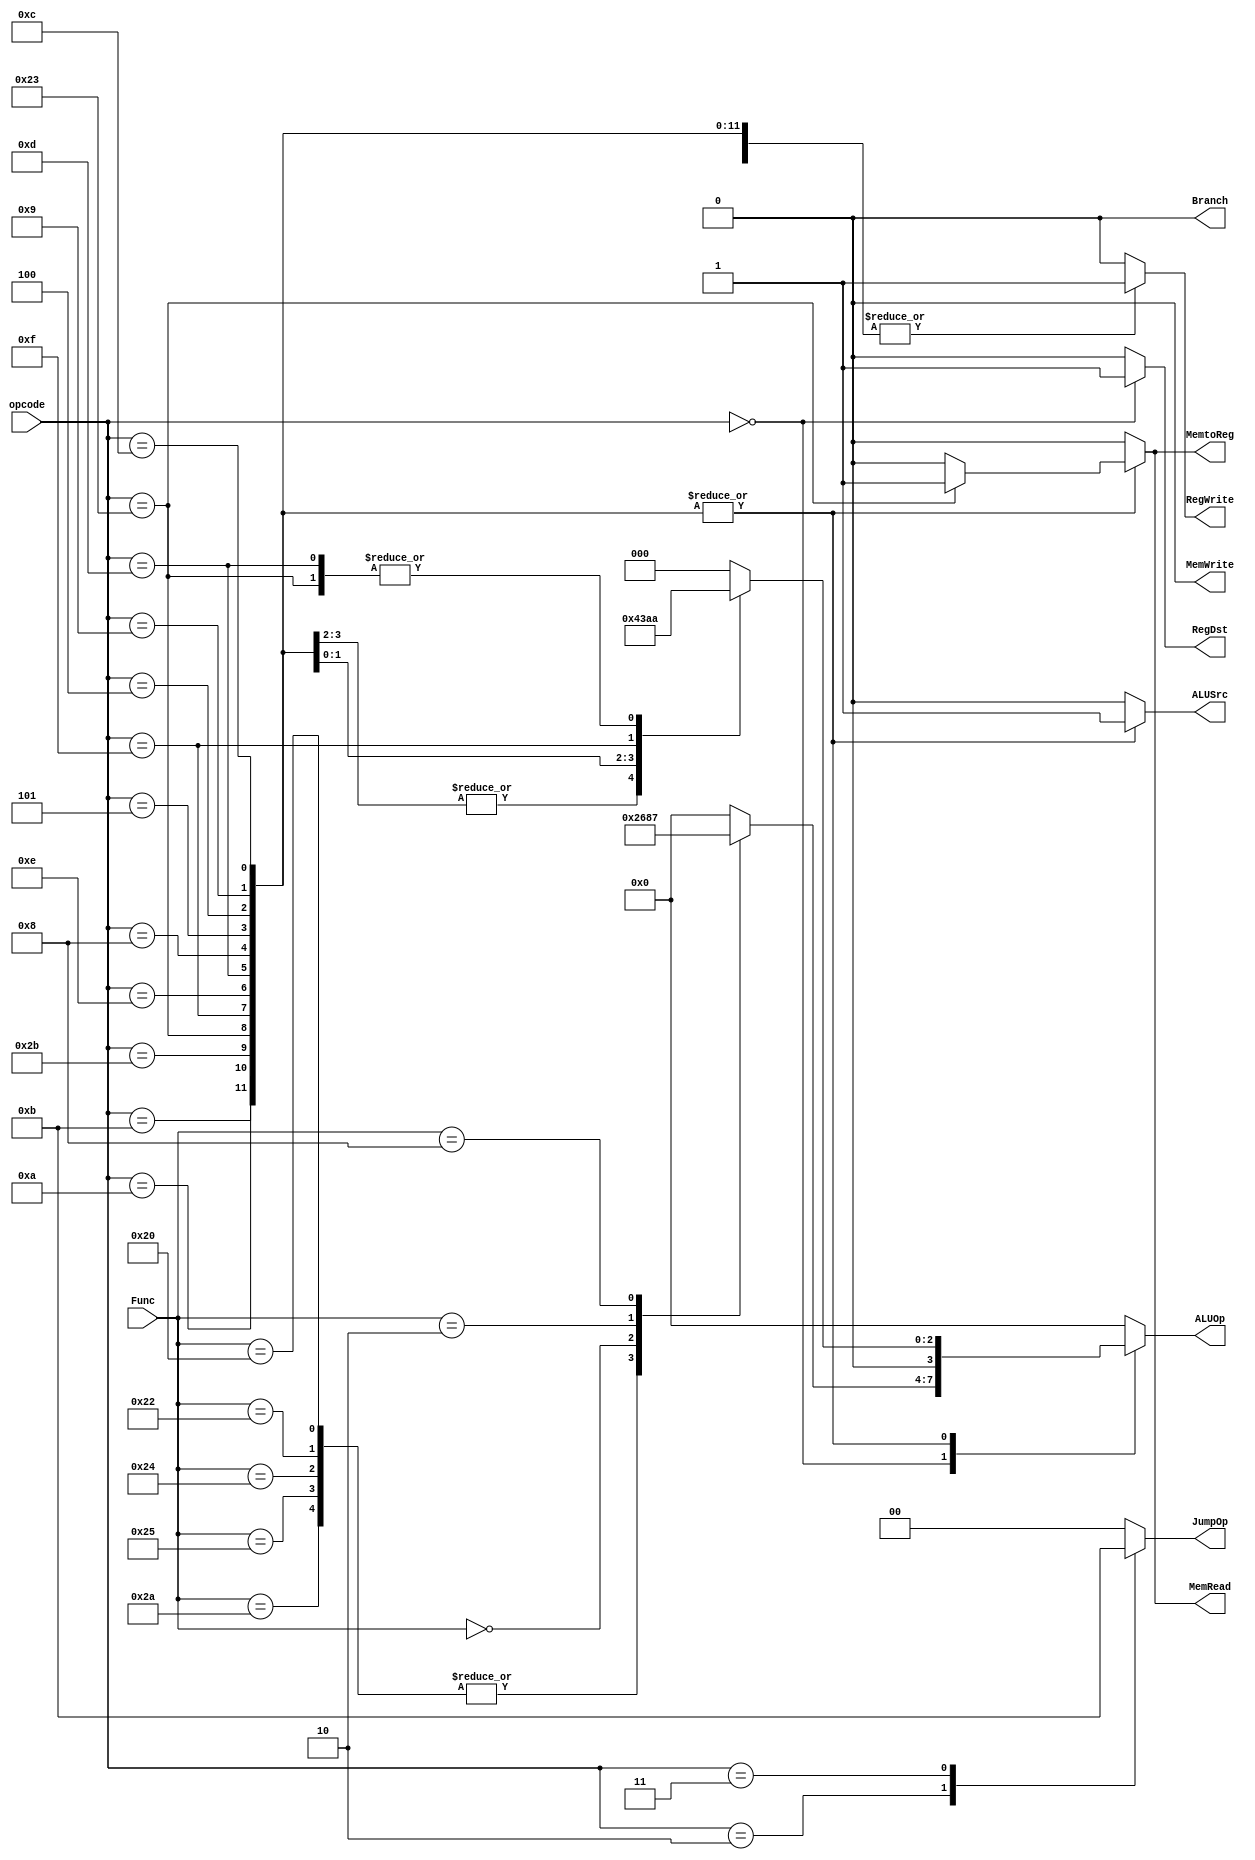
`timescale 1ns / 1ps
//////////////////////////////////////////////////////////////////////////////////
// Company: 
// Engineer: 
// 
// Design Name: 
// Module Name: ControlUnit
// Project Name: 
// Target Devices: 
// Tool Versions: 
// Description: 
// 
// Dependencies: 
// 
// Revision:
// Revision 0.01 - File Created
// Additional Comments:
// 
//////////////////////////////////////////////////////////////////////////////////
module ControlUnit(     //CU
    input [5:0] opcode,
    input [5:0] Func,
    output reg [3:0] ALUOp,
    output reg ALUSrc,
    output reg RegDst,
    output reg RegWrite,
    output reg Branch,
    output reg MemRead,
    output reg MemWrite,
    output reg MemtoReg,
    output reg [1:0] JumpOp
);

    always @(*) begin
        case (opcode)
            6'b000000: begin // R-format
                ALUSrc = 1'b0;
                RegDst = 1'b1;
                RegWrite = 1'b1;
                Branch = 1'b0;
                MemRead = 1'b0;
                MemWrite = 1'b0;
                MemtoReg = 1'b0;
                JumpOp = 2'b00;
                case (Func)
                    6'b100000, 6'b100010, 6'b100100, 6'b100101, 6'b101010: ALUOp = 4'b0010; // add, sub, and, or, slt
                    6'b000000: ALUOp = 4'b0110; // sll
                    6'b000010: ALUOp = 4'b1000; // srl
                    6'b001000: ALUOp = 4'b0111; // jr
                    default: ALUOp = 4'b0000;
                endcase
            end
            6'b001000, 6'b001001, 6'b001100, 6'b001101, 6'b001110, 6'b001111, 6'b100011, 6'b101011, 6'b000100, 6'b000101, 6'b001010, 6'b001011: begin // I-format
            //addi, addiu, andi, ori, xori, lui, lw, sw, beq, bne, slti, sltiu
                ALUSrc = 1'b1;
                RegDst = 1'b0;
                RegWrite = 1'b1;
                Branch = 1'b0;
                MemRead = 1'b0;
                MemWrite = 1'b0;
                MemtoReg = 1'b0;
                JumpOp = 2'b00;
                case (opcode)
                    6'b000100, 6'b000101: ALUOp = 4'b0100; // beq, bne
                    6'b001000: ALUOp = 4'b0000; // addi
                    6'b001001: ALUOp = 4'b0001; // addiu
                    6'b001100: ALUOp = 4'b0110; // andi
                    6'b001101: ALUOp = 4'b0010; // ori
                    6'b001111: ALUOp = 4'b0101; // lui
                    6'b100011: begin // lw
                        ALUOp = 4'b0010;
                        MemRead = 1'b1;
                        MemtoReg = 1'b1;
                    end
                    default: ALUOp = 4'b0000;
                endcase
            end
            6'b000010: begin // J-type
                ALUSrc = 1'b0;
                RegDst = 1'b0;
                RegWrite = 1'b0;
                Branch = 1'b0;
                MemRead = 1'b0;
                MemWrite = 1'b0;
                MemtoReg = 1'b0;
                JumpOp = 2'b10;
                ALUOp = 4'b0000;
            end
            6'b000011: begin // jal
                ALUSrc = 1'b0;
                RegDst = 1'b0;
                RegWrite = 1'b1;
                Branch = 1'b0;
                MemRead = 1'b0;
                MemWrite = 1'b0;
                MemtoReg = 1'b0;
                JumpOp = 2'b11;
                ALUOp = 4'b0000;
            end
            default: begin // Unknown opcode
                ALUSrc = 1'b0;
                RegDst = 1'b0;
                RegWrite = 1'b0;
                Branch = 1'b0;
                MemRead = 1'b0;
                MemWrite = 1'b0;
                MemtoReg = 1'b0;
                JumpOp = 2'b00;
                ALUOp = 4'b0000;
            end
        endcase
    end

endmodule